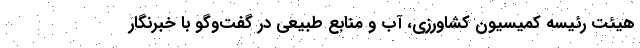
هیئت رئیسه کمیسیون کشاورزی، آب و منابع طبیعی در گفت‌وگو با خبرنگار